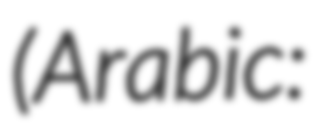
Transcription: (Arabic: